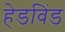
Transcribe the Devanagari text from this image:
हेडविंड